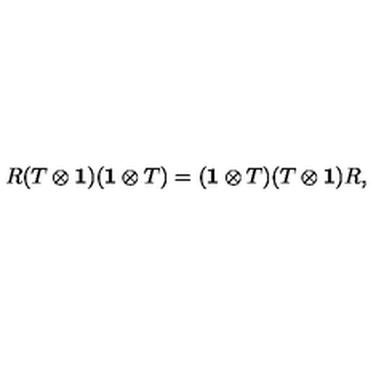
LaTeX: R ( T \otimes { \bf 1 } ) ( { \bf 1 } \otimes T ) = ( { \bf 1 } \otimes T ) ( T \otimes { \bf 1 } ) R , \,